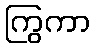
ကြွကာ